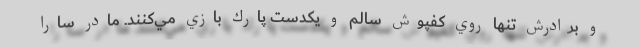
و برادرش تنها روي كفپوش سالم و يكدست پارك بازي مي‌كنند. مادر سارا